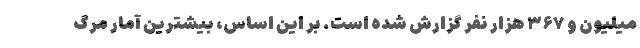
میلیون و ۳۶۷ هزار نفر گزارش شده است. بر این اساس، بیشترین آمار مرگ